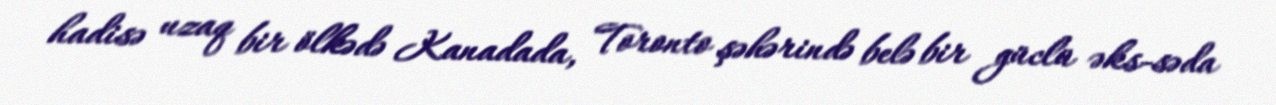
hadisə uzaq bir ölkədə Kanadada, Toronto şəhərində belə bir güclü əks-səda